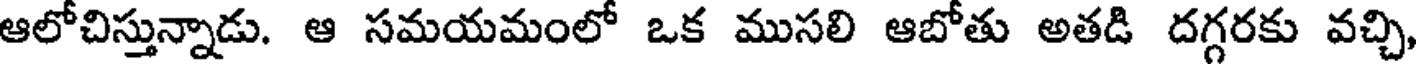
ఆలోచిస్తున్నాడు. ఆ సమయమంలో ఒక ముసలి ఆబోతు అతడి దగ్గరకు వచ్చి,